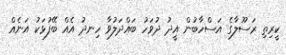
ކީރިތި ރަސޫލާގެ އަސްހާބުން އީދު ދުވަހު ބައްދަލުވާ ހިނދު އެއް ބޭފުޅަކު އަނެއް